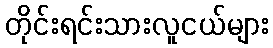
တိုင်းရင်းသားလူငယ်များ